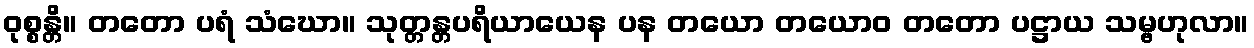
ဝုစ္စန္တိ။ တတော ပရံ သံဃော။ သုတ္တန္တပရိယာယေန ပန တယော တယောဝ တတော ပဋ္ဌာယ သမ္ဗဟုလာ။